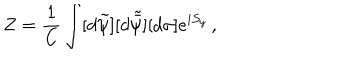
LaTeX: Z = \frac { 1 } { \mathrm { C } } \int [ d \tilde { \psi } ] [ d \tilde { \bar { \psi } } ] [ d \sigma ] e ^ { i S _ { y } } \, ,